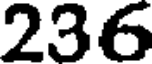
236